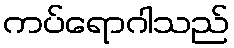
ကပ်ရောဂါသည်